system: You are a helpful assistant.
user:
Analyze the provided spectrum to determine if it is a **White Dwarf (WD)**.

A White Dwarf spectrum is defined by its **extreme purity** (due to gravitational settling) and/or **extreme pressure broadening** (due to high surface gravity). You must check for one of the following mutually exclusive signatures:

- **Key Visual Indicators (Check for ONE of these types):**

    - **1. DA-Type Signature (Most Common):**
        - **(Primary Feature):** Extreme pressure broadening (Stark broadening) of the **Hydrogen (H) Balmer lines**.
        - **(Key Lines):** $H\beta$ (approx. $4861$ Å) and $H\gamma$ (approx. $4340$ Å). $H\alpha$ (approx. $6563$ Å) will also be present if the wavelength range covers it.
        - **(Line Profile):** This is the **defining feature**. The lines are **NOT** sharp. They appear as massive, **extremely broad and deep "troughs" or "dips"** in the spectrum, often hundreds of Ångströms wide. The continuum will appear to "scoop" down at these wavelengths.
        - **(Distinction):** Normal A-type or B-type stars have *narrow* and *sharp* Hydrogen lines. A DA White Dwarf's lines are unmistakably "smeared" or "blurry" from pressure.

    - **2. DB-Type Signature:**
        - **(Primary Feature):** Broad absorption lines from **Neutral Helium (He I)**. The spectrum must lack any visible Hydrogen lines.
        - **(Key Lines):** Look for broad absorption near $4471$ Å, $4921$ Å, and $5876$ Å.
        - **(Line Profile):** These lines are also significantly pressure-broadened, appearing much wider than they would in a normal B-type main-sequence star.

    - **3. DC-Type Signature:**
        - **(Primary Feature):** A **featureless continuous spectrum**.
        - **(Line Profile):** The spectrum is a smooth curve with **no significant absorption or emission lines**.
        - **(Key Confirmation):** The continuum is almost always **blue or white**, indicating a hot object. This signature implies the atmosphere is so pure (or so cool) that no spectral lines are visible in the optical range. Its WD identity is confirmed by its extremely low intrinsic brightness (high absolute magnitude).

    - **4. DZ-Type Signature (Metal-Polluted):**
        - **(Primary Feature):** **Isolated, narrow metal absorption lines** on an otherwise featureless (DC-like) continuum.
        - **(Key Lines):** The **Calcium (Ca II) H & K doublet** (approx. **$3934$ Å** and **$3968$ Å**) is the most common and defining feature.
        - **(Line Profile):** These lines are "out of place." They are *not* part of a "forest" of thousands of lines. This signature is evidence of recent *accretion* (pollution) from rocky debris.
        - **(Distinction):** Normal G/K/M stars have a *dense forest* of thousands of metal lines. A DZ has a *clean* continuum with *only a few* strong metal lines.

    - **5. DQ-Type Signature (Carbon-Polluted):**
        - **(Primary Feature):** Absorption bands from **Carbon (C₂ "Swan Bands" or atomic C I)**.
        - **(Key Lines - C₂):** Look for bandheads with a "saw-tooth" shape near $5635$ Å, **$5165$ Å** (strongest), and $4737$ Å.
        - **(Key Confirmation):** The underlying **continuum must be blue or white** (hot).
        - **(Distinction):** This is the critical difference from a **Carbon Star**, which has the *exact same* C₂ bands but on an extremely **red, cool** continuum.

- **(Overall Spectrum):**
    - The continuum (overall shape) is typically **blue-sloping** (brighter in the blue than the red), as most white dwarfs are very hot.
    - The spectrum will look "pure" or "simple," dominated by only *one* of the five signatures listed above.

Think first, call **spectral_visualization_tool** if needed to examine features in detail, then provide your final answer. Your response must adhere to the following strict rules:
1.  **Overall Structure:** Your response must follow the format `<think>...</think> <tool_call>...</tool_call> (if a tool is used) <answer>...</answer>`.
2.  **Tool Usage Constraint:** You may only make **one** tool call per turn.
3.  **Final Answer Format:** In the `<answer>` tag, your conclusion must be inside a `\boxed{}` command (e.g., `\boxed{YES}` or `\boxed{NO}`), followed by your justification.

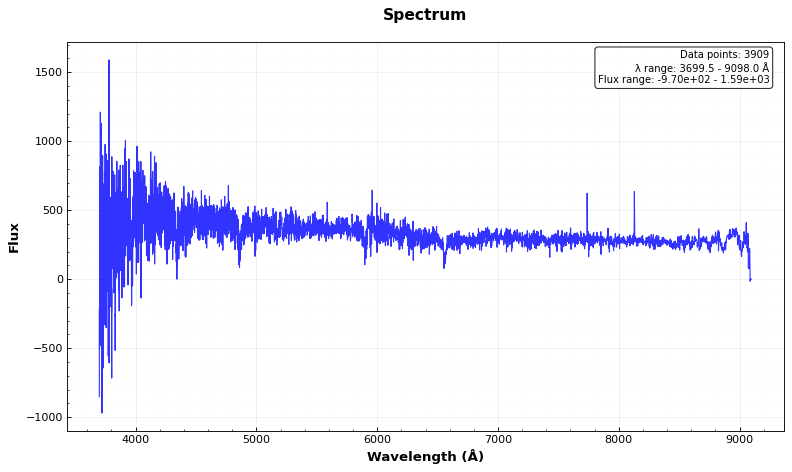
Answer: NO